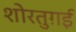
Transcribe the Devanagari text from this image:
शोरतुग़ई